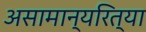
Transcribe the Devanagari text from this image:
असामान्यरित्या